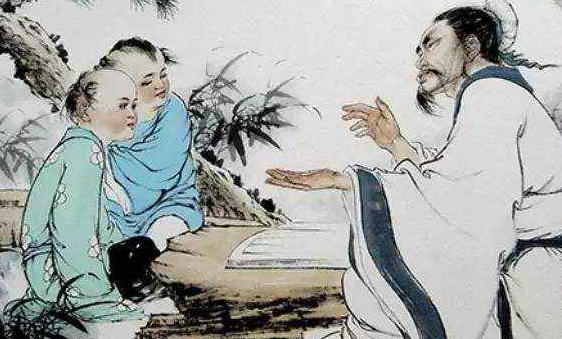
居必择乡，游必就士。